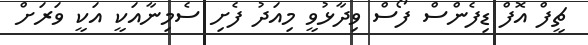
ޗީފް އޮފް ޑިފެންސް ފޯސް ވިދާޅުވީ މިއަދު ފެށި ސެމިނާއަކީ އަކީ ވަރަށް